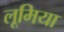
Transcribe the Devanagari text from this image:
लूमिया